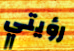
رؤيتي